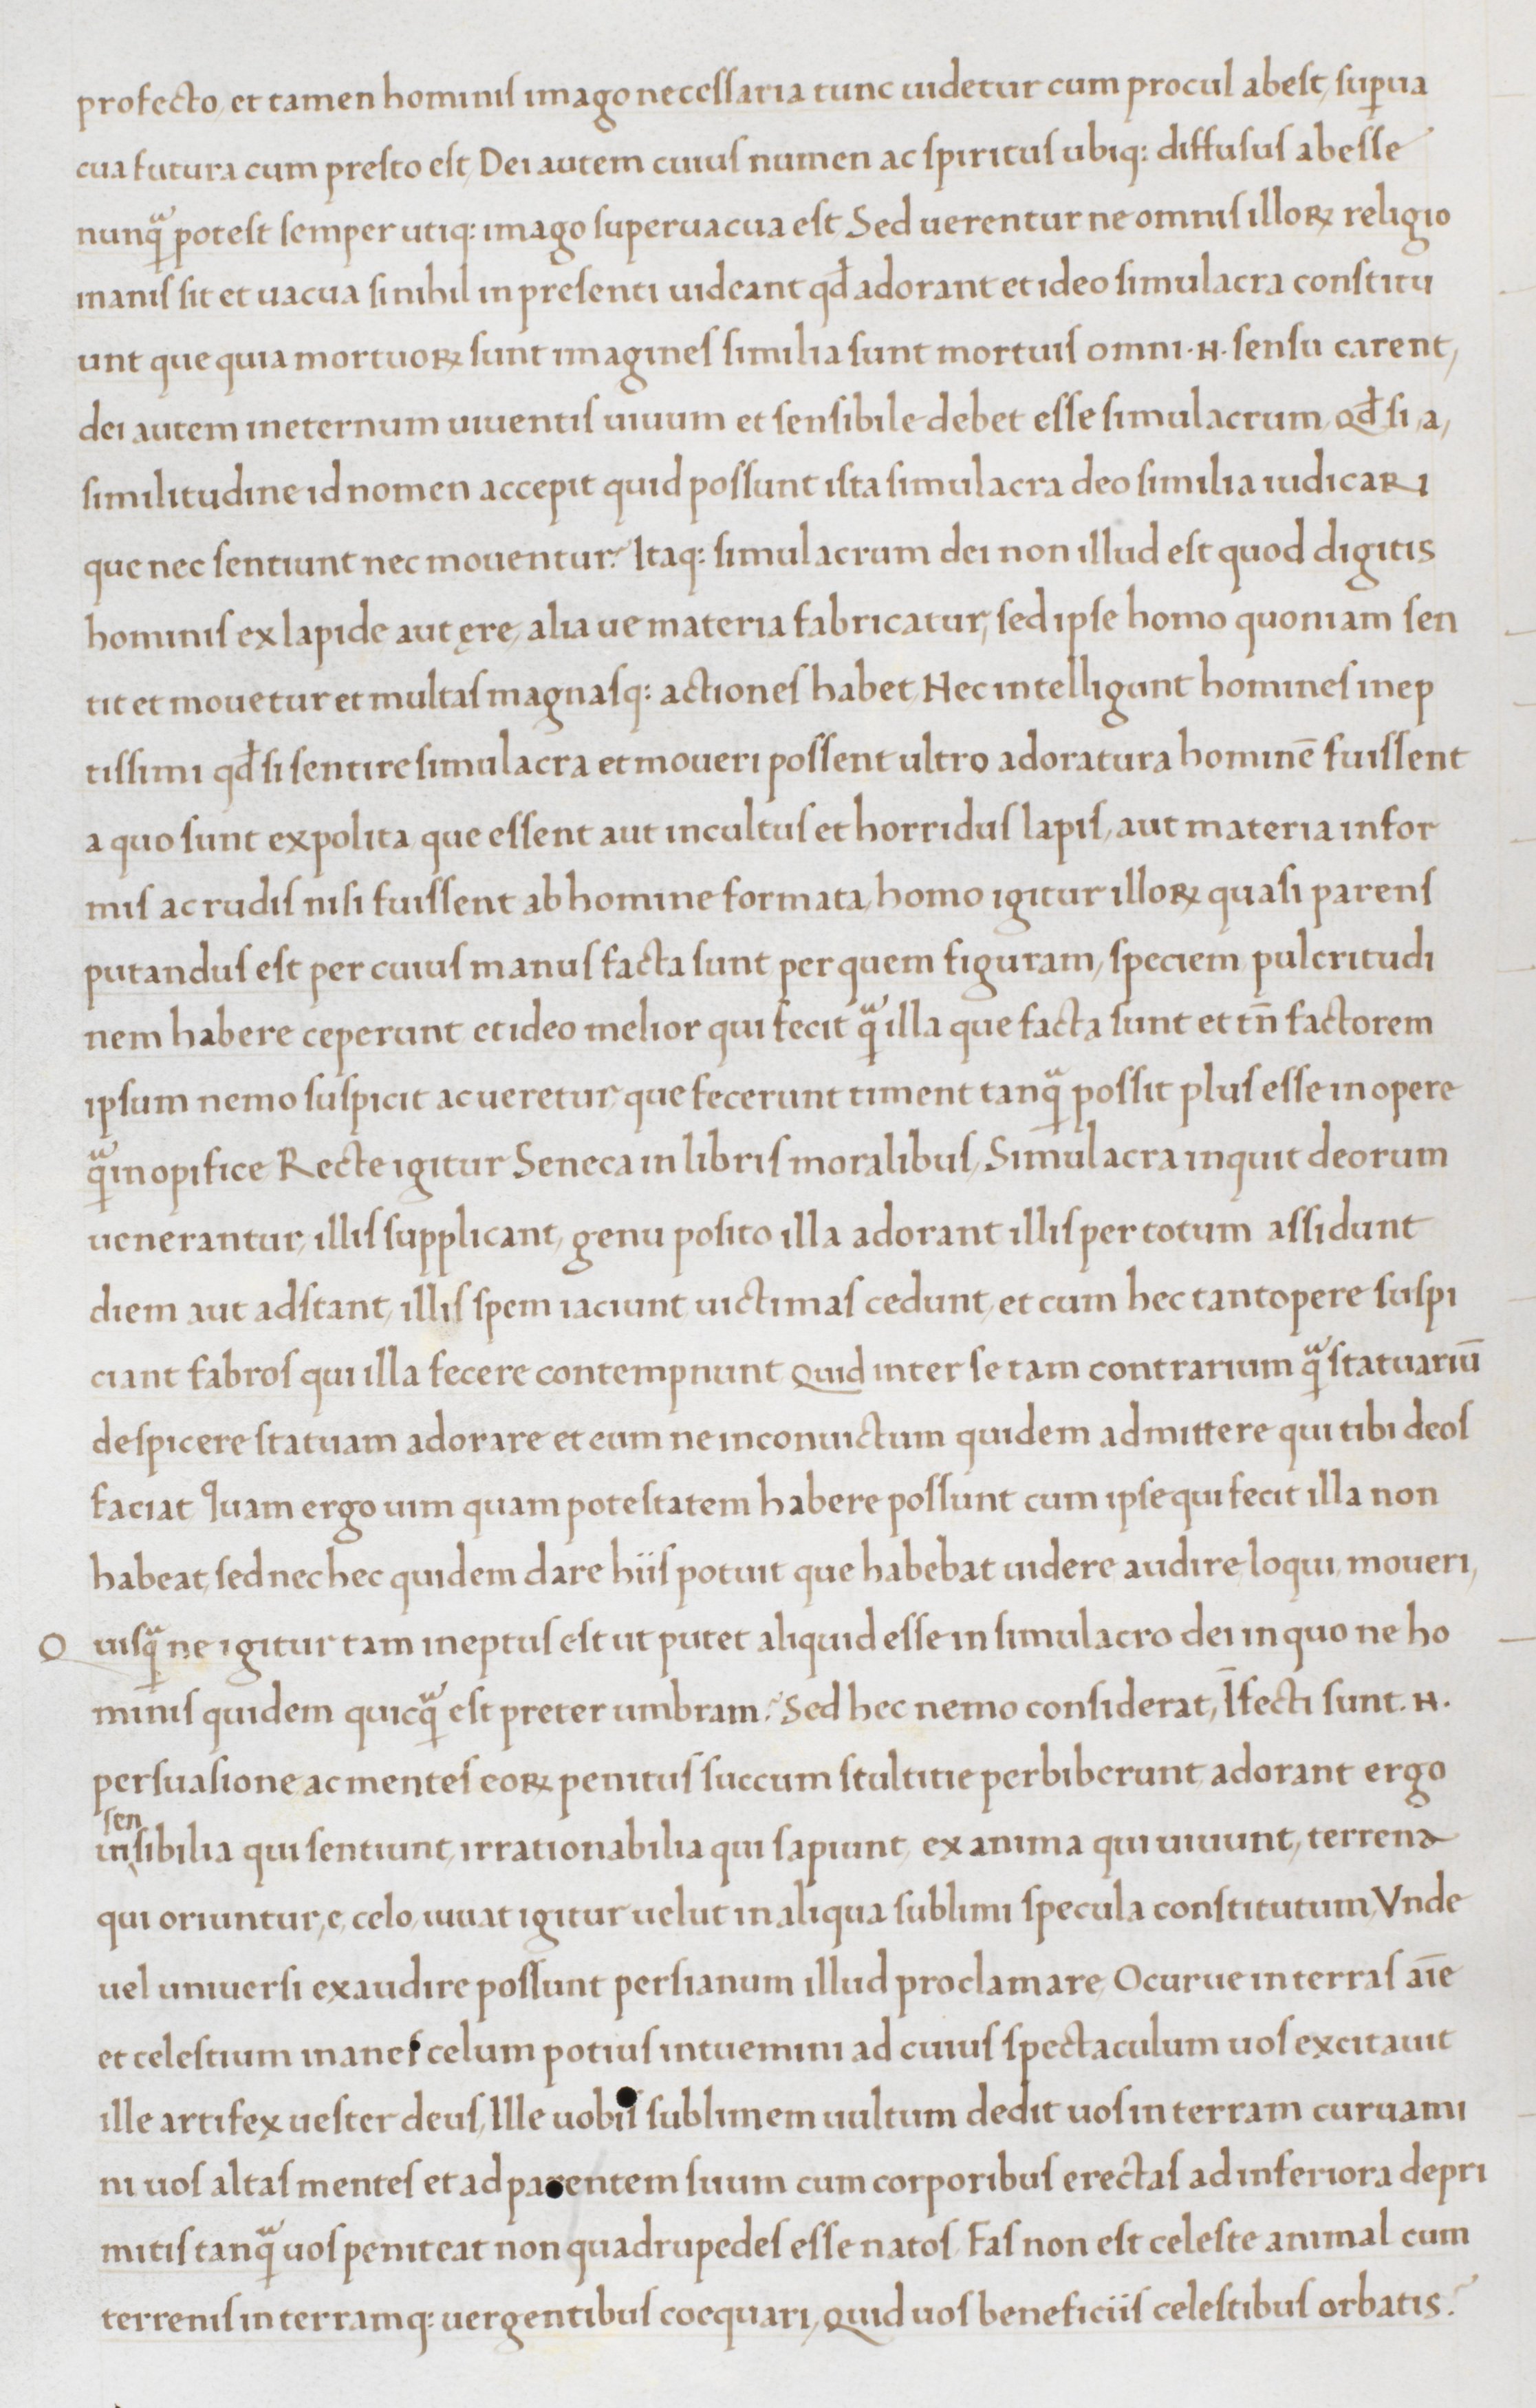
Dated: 1465–1475